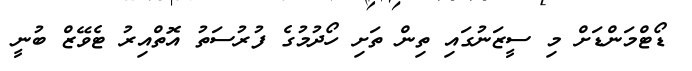
ޑޯޓްމަންޑަށް މި ސީޒަނުގައި ތިން ތަށި ހޯދުމުގެ ފުރުސަތު އޮތްއިރު ޓެވޭޒް ބުނީ